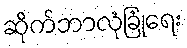
ဆိုက်ဘာလုံခြုံရေး